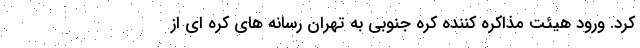
کرد. ورود هیئت مذاکره کننده کره جنوبی به تهران رسانه های کره ای از